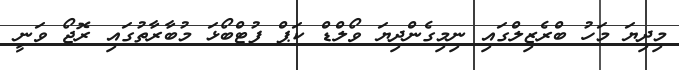
މިދިޔަ މަހު ބްރެޒިލްގައި ނިމިގެންދިޔަ ވޯލްޑް ކަޕް ފުޓްބޯޅަ މުބާރާތުގައި ރޮޖޯ ވަނީ